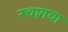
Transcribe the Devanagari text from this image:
रचागया